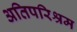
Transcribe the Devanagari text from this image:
अतिपरिश्रम